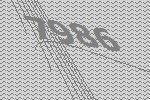
7986